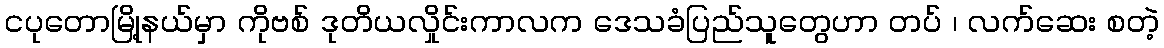
ငပုတောမြို့နယ်မှာ ကိုဗစ် ဒုတိယလှိုင်းကာလက ဒေသခံပြည်သူတွေဟာ တပ် ၊ လက်ဆေး စတဲ့